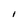
Character: 1